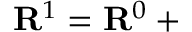
{ \bf R } ^ { 1 } = { \bf R } ^ { 0 } + { \bf \Delta }